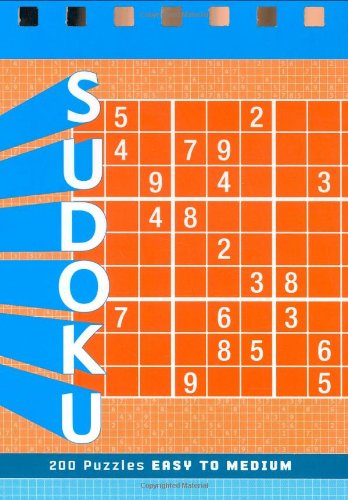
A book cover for Sudoku: Easy to Medium; Xaq Pitkow; Humor & Entertainment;